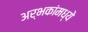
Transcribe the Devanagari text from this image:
अर्भकांमध्ये